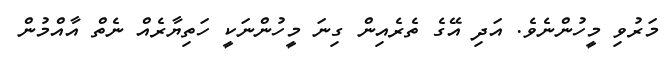
މަރުވި މީހުންނެވެ. އަދި އޭގެ ތެރެއިން ގިނަ މީހުންނަކީ ހަތިޔާރެއް ނެތް އާއްމުން